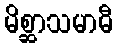
မိစ္ဆာသမာဓီ